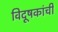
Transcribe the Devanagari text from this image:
विदूषकांची